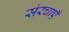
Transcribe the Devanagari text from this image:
संरचाएँ